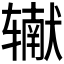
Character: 𰺠